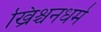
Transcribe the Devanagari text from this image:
ख्रिश्चनधर्म